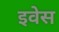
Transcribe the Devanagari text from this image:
इवेस